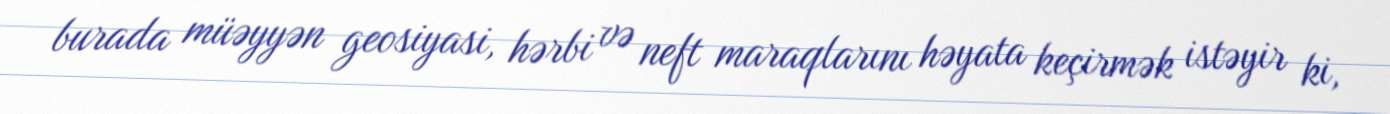
burada müəyyən geosiyasi, hərbi və neft maraqlarını həyata keçirmək istəyir ki,